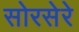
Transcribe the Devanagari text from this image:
सोरसेरे